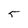
Character: 5